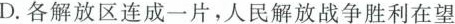
D.各解放区连成一片，人民解放战争胜利在望